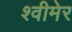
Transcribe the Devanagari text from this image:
श्वीमेर